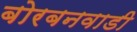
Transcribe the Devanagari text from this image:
बोरबनवाडी